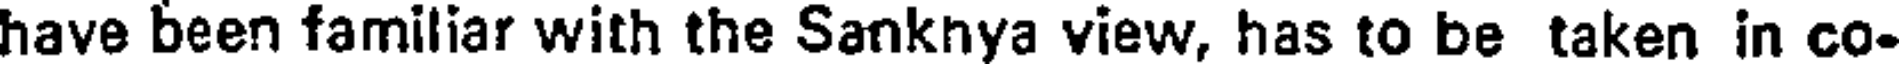
have been familiar with the Sanknya view, has to be taken in co-